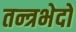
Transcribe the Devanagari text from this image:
तन्त्रभेदो